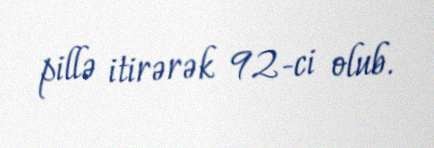
pillə itirərək 92-ci olub.